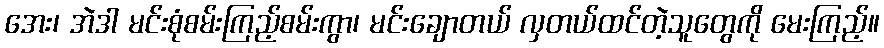
အေး၊ အဲဒါ မင်းစုံစမ်းကြည့်စမ်းကွာ၊ မင်းချောတယ် လှတယ်ထင်တဲ့သူတွေကို မေးကြည့်။